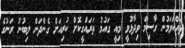
ދައްކަވަމުން ގާސިމް ވިދާޅުވީ މިއީ ގައުމު ތަރައްގީކޮށް ކުރިއަށް ގެންދަން ލިބުނު ރަނުގެ